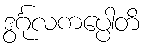
ဒွင်္ဂုလကပ္ပေါတိ